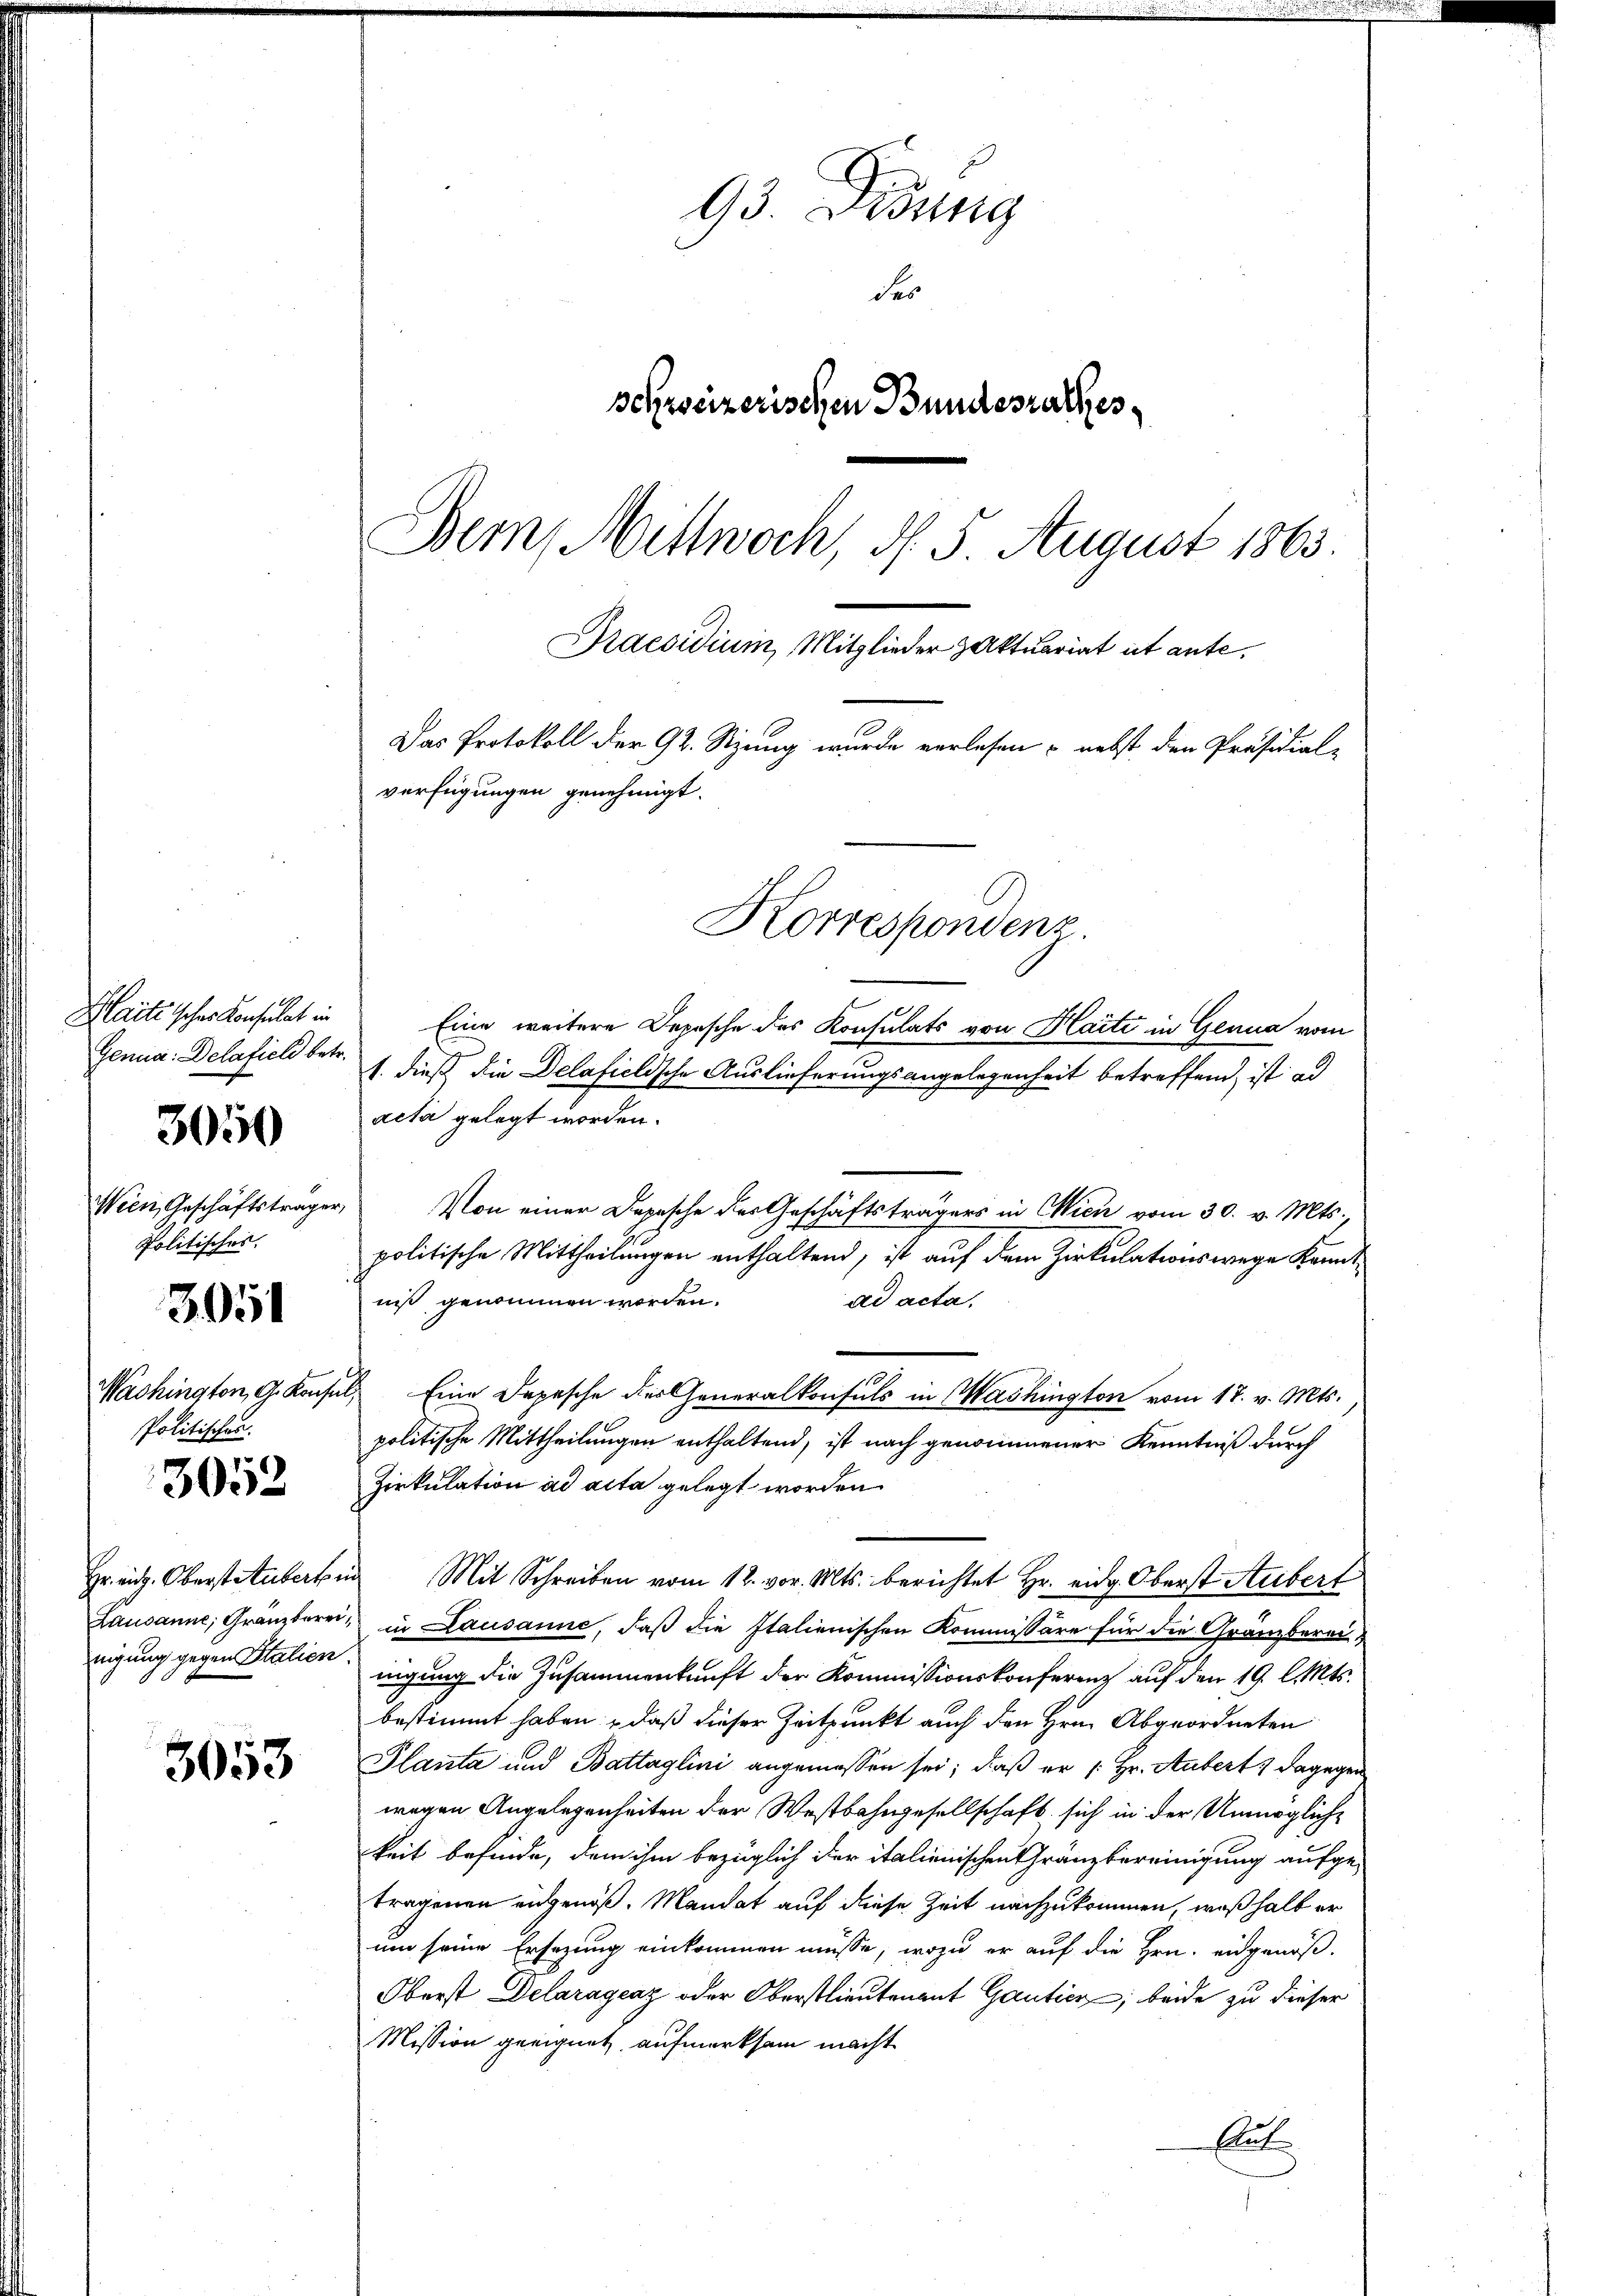
3050

3051

3053

93. Dirung
der
schweizerischen Bundesrathes
Bern, Mittwoch, d. 5 August 1863.
Praesidium, Mitglieder Aktuariat ist ante,
Das Protokoll der 92. Sizung wurde verlesen - nebst den Präsidial-
verfügungen genehmigt.
Korrespondenz.

Genia Delaficli betr.
Ween, Geschäftsträger,
Politisches.

Politischer.
3052

Haitisches Konsulat in Eine weitere Depesche des Konsulats von Haite in Genua vom
1. dieß die Delafielische Auslieferungsangelegenheit betreffend ist ad
acta gelegt worden.
Von einer Depesche des Geschäftsträgers in Wien vom 30. v. Mts.,
politische Mittheilungen enthaltend, ist auf dem Zirkulationswege Kenntniß genommen worden.
ad acta,
Washington, G. Konsul, Eine Depesche der Generalkonsuls in Machington vom 17. v. Mts.
politische Mittheilungen enthaltend, ist nach genommener Kenntniß durch
Zirkulation ad acta gelegt worden
Hr. eid. Oberstatuberten Mit Schreiben vom 18. vor. Mts. berichtet Hr. eidg. Oberst Hubert
Lausanne, Gränztere, in Lausanne, daß die Italienischen Kommissäre für die Gränzbereinigung gegen Stalien; nigung die Zusammenkunft der Kommissionskonferenz auf den 19. l. Mts.
bestimmt haben, daß dieser Zeitpunkt auch den Hrn. Abgeordneten
Planta und Battaglini angemessen sei; daß er /: Hr. Aubert dagegen
wegen Angelegenheiten der Westbahngesellschaft sich in der Unmögliche
keit befinde, dem ihm bezüglich der italienischen Gränzbereinigung aufge-
tragenen eidgenoß. Mandat auf diese Zeit nachzukommen, weßhalb er
um seine Ersezung einkommen müsse, wozu er auf die Hrn. eidgenöß¬
Oberst Delaragenz oder Oberstlieutenant Gauticz, beide zu dieser
Mission geeignet aufmerksam macht
Aut